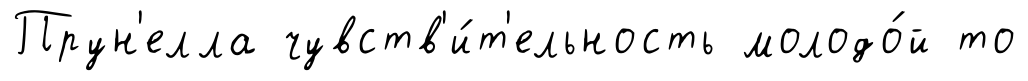
Прун'елла чувств'и́т'ельность молодо́й то